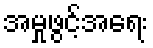
အမှုဖွင့်အရေး